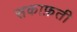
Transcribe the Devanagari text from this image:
सकाफ़ती